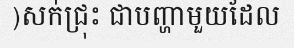
)សក់ជ្រុះ ជាបញ្ហាមួយដែល